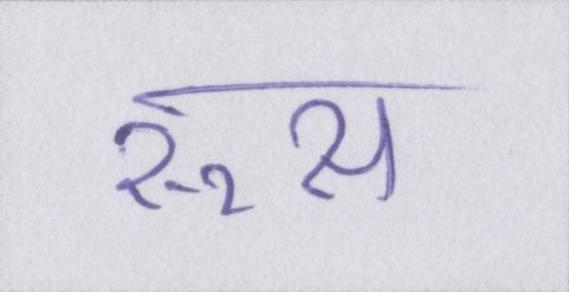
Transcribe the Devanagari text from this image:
रूस